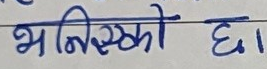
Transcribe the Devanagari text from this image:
भनिसकेको छ।